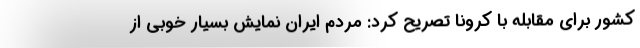
کشور برای مقابله با کرونا تصریح کرد: مردم ایران نمایش بسیار خوبی از